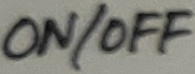
Text: ON/OFF